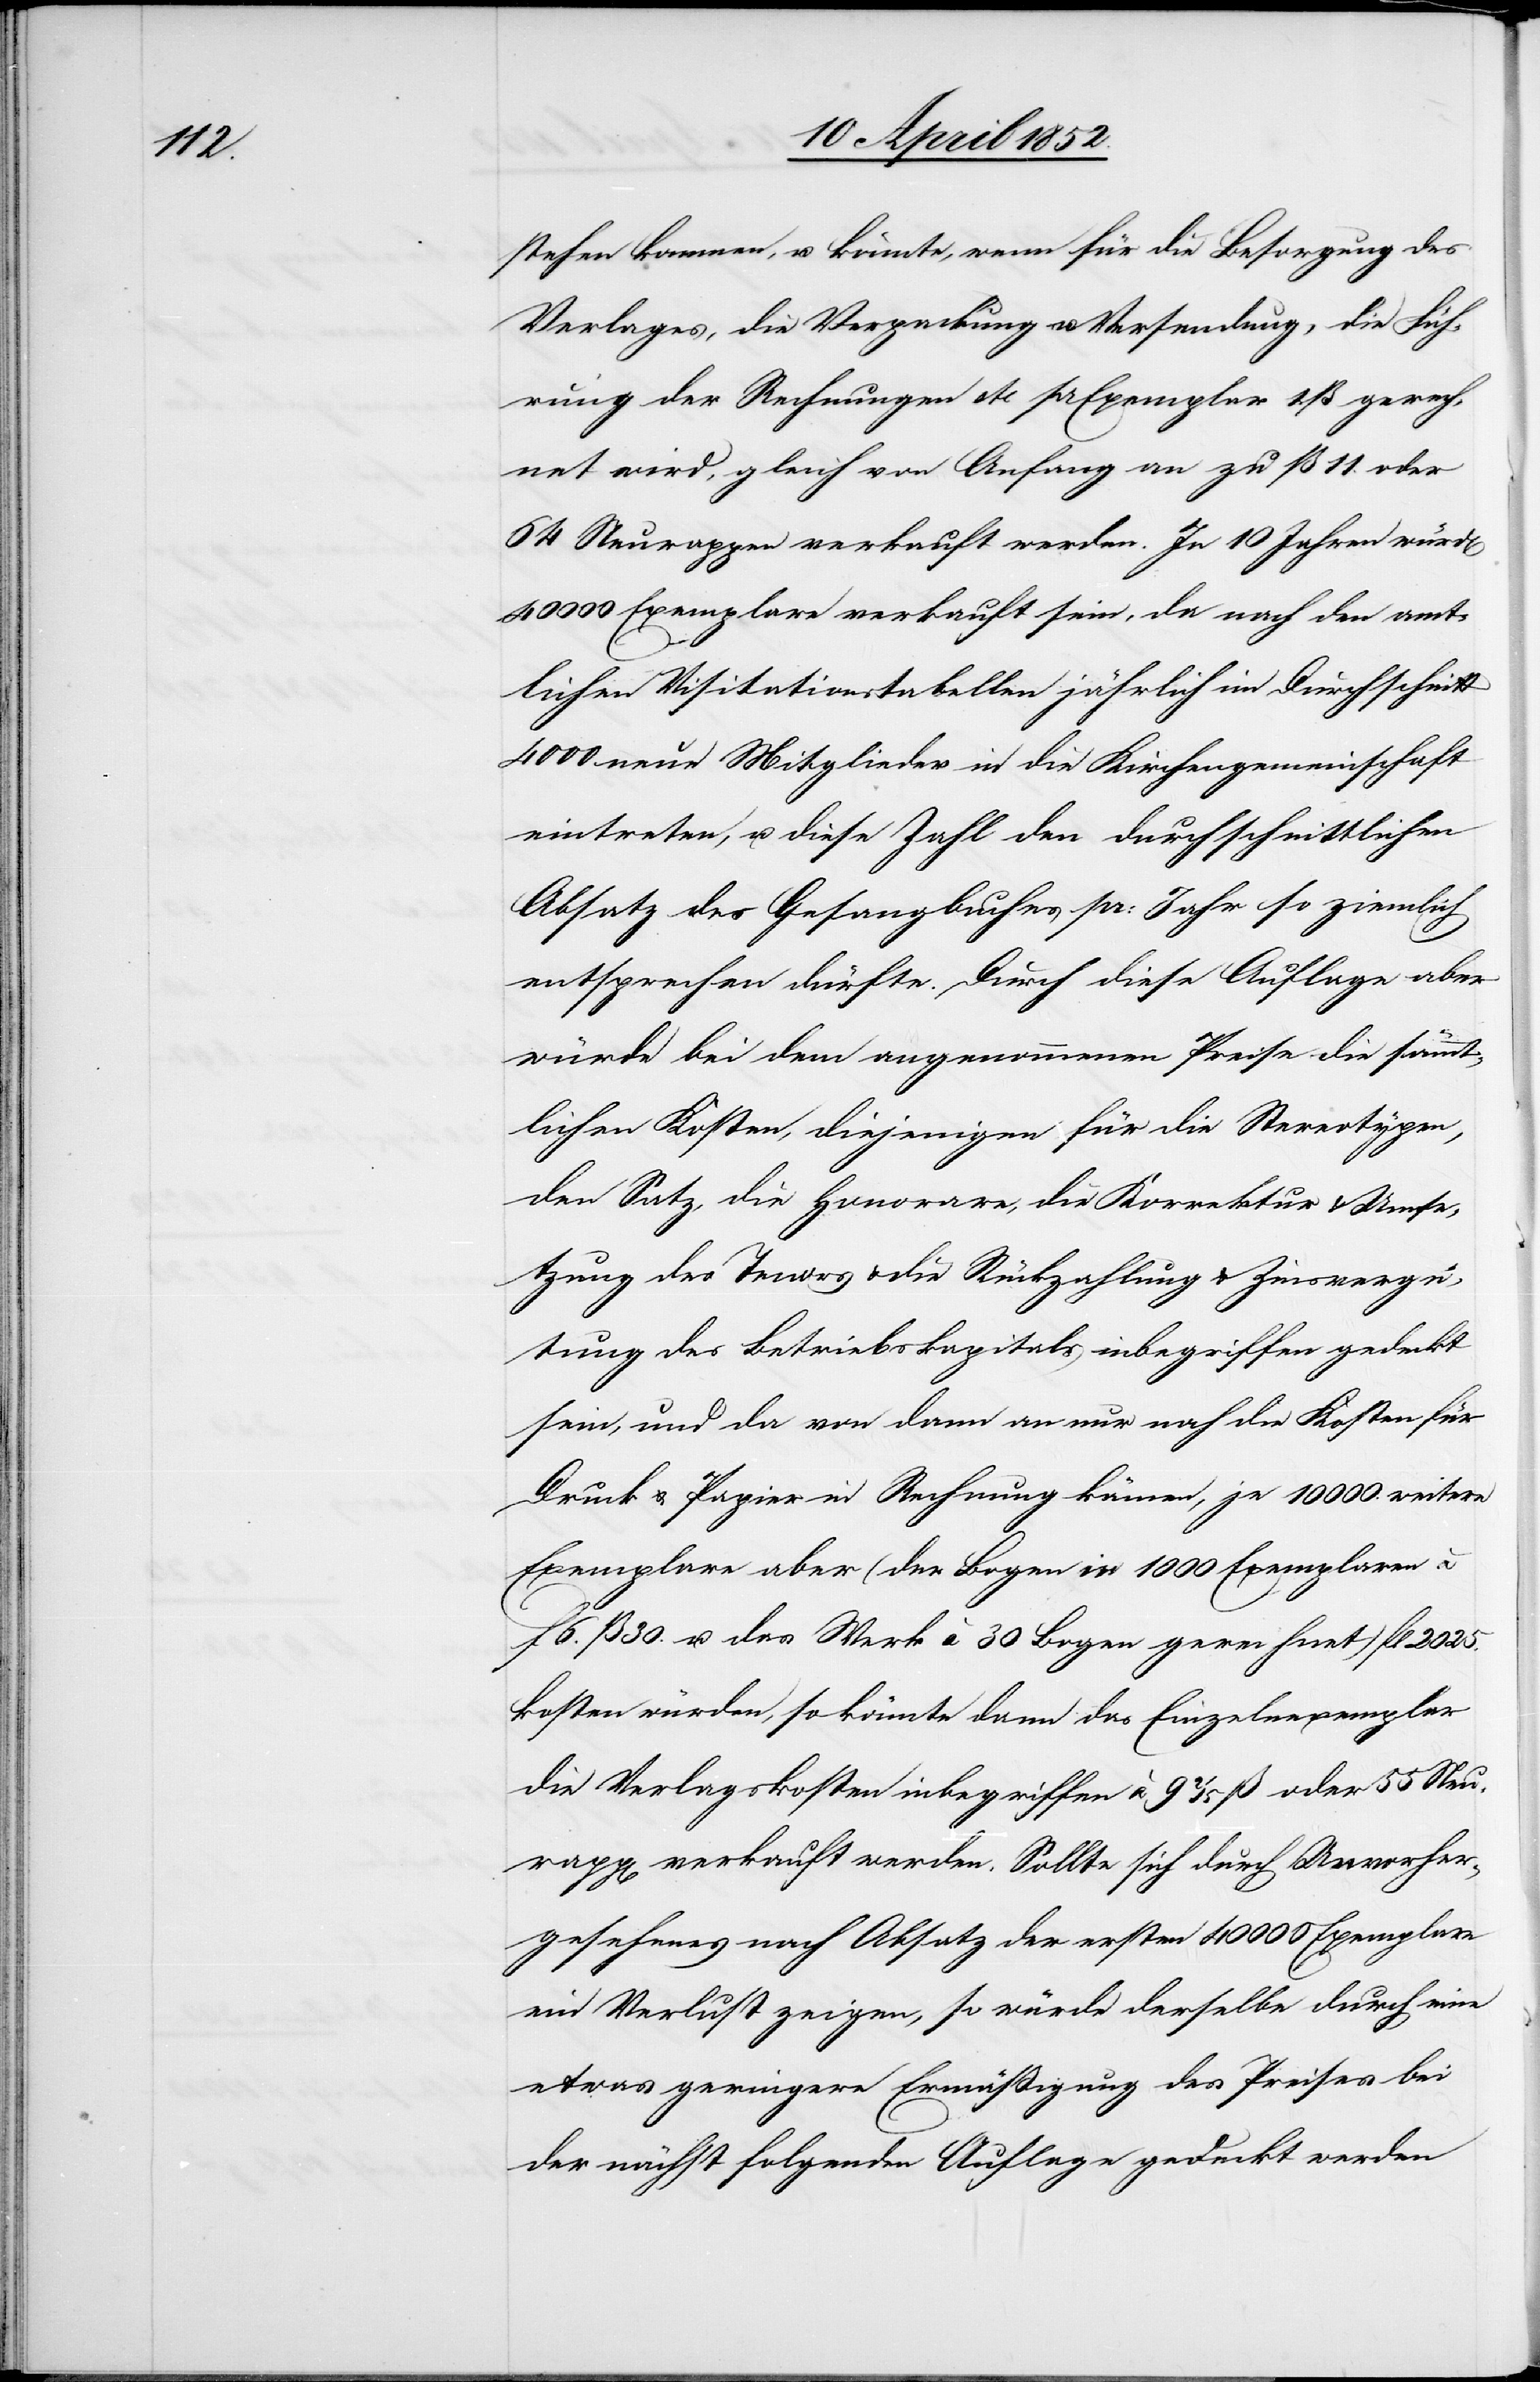
stehen kommen, u. könnte, wenn für die Besorgung des
Verlages, die Verpackung u. Versendung, die Füh¬
rung der Rechnungen etc pr Exempar 1. ß gerech¬
net wird, gleich von Anfang an zu ß 11. oder
64 Neurappen verkauft werden. In 10 Jahren würd[en]
40 000 Exemplare verkauft sein, da nach den amt¬
lichen Visitationstabellen jährlich im Durchschnitt
4000 neue Mitglieder in die Kirchengemeinschaft
eintreten, u. diese Zahl den durchschnittlichen
Absatz des Gesangbuches pr: Jahr so ziemlich
entsprechen dürfte. Durch diese Auflage aber
würde bei dem angenommenen Preise die sämmt¬
lichen Kosten, diejenigen für die Stereotypen,
den Satz, die Honorare, die Korrektur & Umse¬
tzung des Tenors & die Rückzahlung & Zinsvergü¬
tung des Betriebskapitals inbegriffen gedeckt
sein, und da von dann an nur noch die Kosten für
Druck & Papier in Rechnung kämen, je 10 000. weitere
Exemplare aber (der Bogen in 1000 Exemplaren à
f 6. ß 30. u. das Werk à 30 Bogen gerechnet) fl 2025.
kosten würden, so könnte dann das Einzelnexemplar
die Verlagskosten inbegriffen à 9 2/5 ß oder 55 Neu¬
rapp[en] verkauft werden. Sollte sich durch Unvorher¬
gesehenes nach Absatz der ersten 40 000 Exemplare
ein Verlust zeigen, so würde derselbe durch eine
etwas geringere Ermäßigung des Preises bei
der nächst folgenden Auflage gedeckt werden